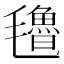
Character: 氌